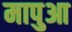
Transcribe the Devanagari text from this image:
मापुआ